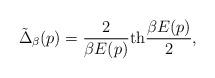
LaTeX: \begin{align*}\tilde{\Delta}_{\beta}(p)= {2 \over \beta E(p)} {\rm th} {\beta E(p) \over 2} ,\end{align*}